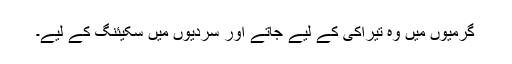
گرمیوں میں وہ تیراکی کے لیے جاتے اور سردیوں میں سکیئنگ کے لیے۔